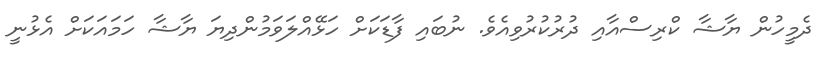
ދެމީހުން ޔާޝާ ކްރިސްއާއި ދުރުކުރުވިއެވެ. ނުބައި ފާޑަކަށް ހަޅޭއްލަވަމުންދިޔަ ޔާޝާ ހަމައަކަށް އެޅުނީ